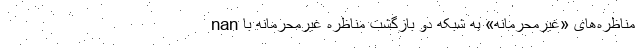
nan مناظره‌های «غیرمحرمانه» به شبکه دو بازگشت مناظره غیرمحرمانه با